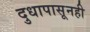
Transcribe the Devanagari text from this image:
दुधापासूनही